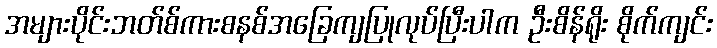
အများပိုင်းဘတ်စ်ကားစနစ်အခြေကျပြုလုပ်ပြီးပါက ဦးစိန်ရိုး စိုက်ကျင်း